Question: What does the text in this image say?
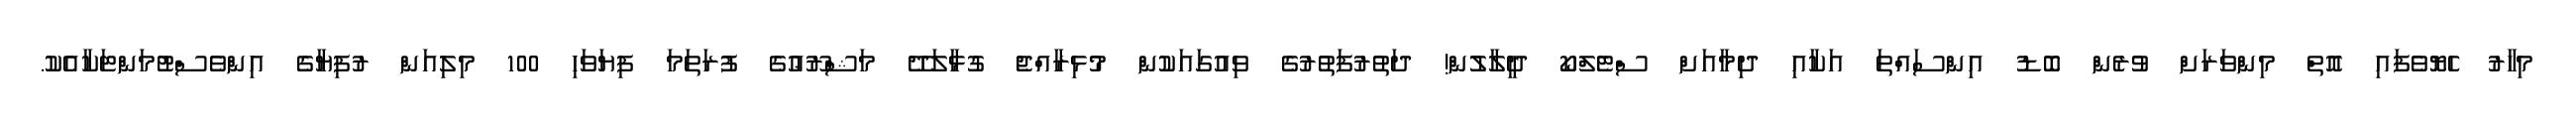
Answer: މިހާރު ހެޔޮވެފައި އޮތް މިންވަރަށް ވުރެން ބޮޑު އިންސައްތަ އަކާއި ދިމާއަށް ސްޓެލްކޯ ދީލާލުން! ދަތުރުފަތުރުގެ ވިއުގައަކުން މުޅިރާއްޖެ ގުޅާލަދޭ މަޝްރޫޢުގެ ފުރަތަމަ ފިޔަވަހި 100 މިލިއަން ރުފިޔާގެ އިންވެސްޓުމަންޓަކާއެކު.